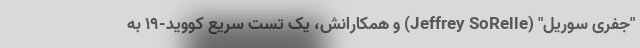
"جفری سوریل" (Jeffrey SoRelle) و همکارانش، یک تست سریع کووید-۱۹ به